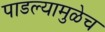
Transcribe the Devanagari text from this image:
पाडल्यामुळेच